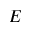
E